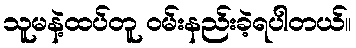
သူမနဲ့ထပ်တူ ဝမ်းနည်းခဲ့ရပါတယ်။